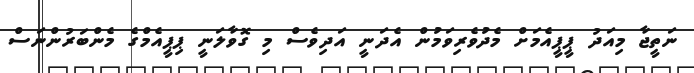
ނަތީޖާ މިއަދު ޕީޕީއެމަށް މެދުވެރިވަމުން އެދަނީ އަދިވެސް މި ގޮވާލަނީ ޕިޕީއެމްގެ މެންބަރުންނަސް